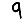
Digit: 9